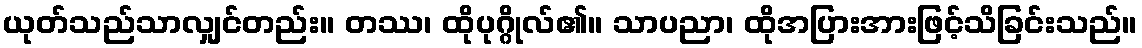
ယုတ်သည်သာလျှင်တည်း။ တဿ၊ ထိုပုဂ္ဂိုလ်၏။ သာပညာ၊ ထိုအပြားအားဖြင့်သိခြင်းသည်။